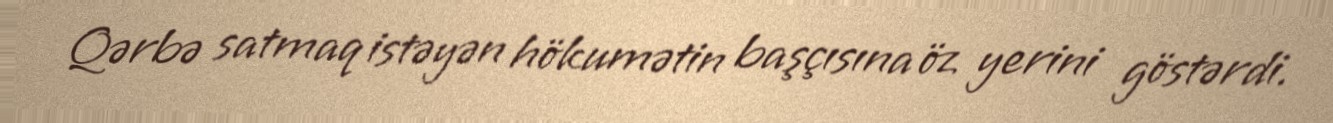
Qərbə satmaq istəyən hökumətin başçısına öz yerini göstərdi.